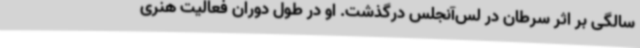
سالگی بر اثر سرطان در لس‌آنجلس درگذشت. او در طول دوران فعالیت هنری